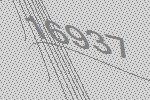
16937